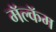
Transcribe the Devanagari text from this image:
मॅल्कॅम